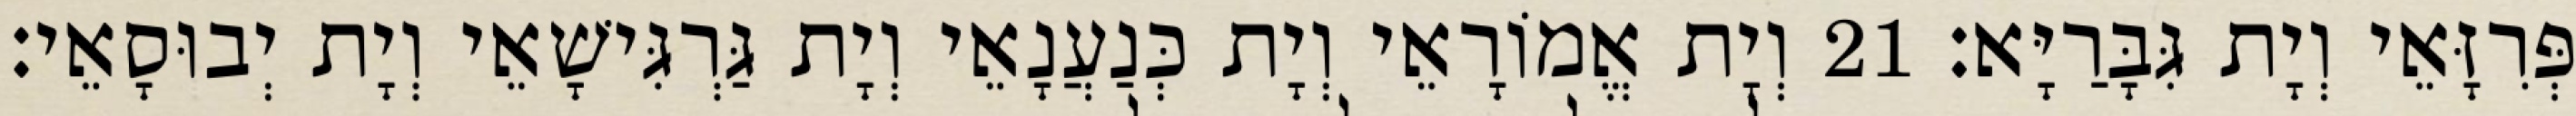
פְּרִזָּאֵי וְיָת גִּבָּרַיָּא׃ 21 וְיָת אֱמוֹרָאֵי וְיָת כְּנַעֲנָאֵי וְיָת גַּרְגִּישָׁאֵי וְיָת יְבוּסָאֵי׃